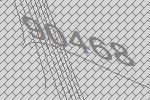
90468